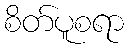
စိတ်ပူစရာ